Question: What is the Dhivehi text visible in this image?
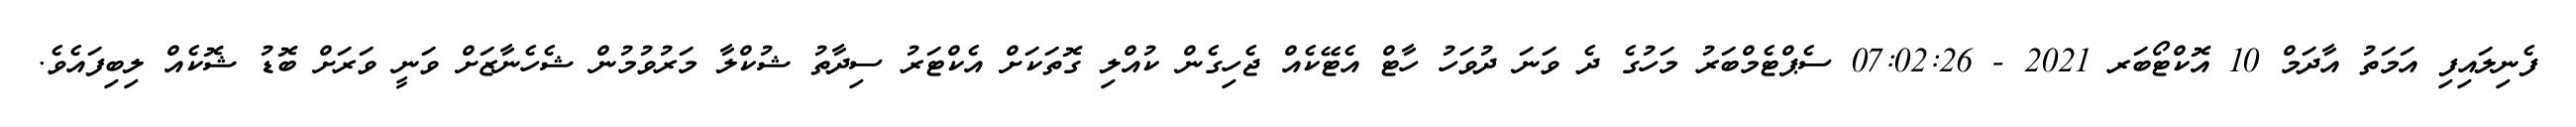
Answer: ފެނިލައިފި އަމަތު އާދަމް 10 އޮކްޓޯބަރ 2021 - 07:02:26 ސެޕްޓެމްބަރު މަހުގެ ދެ ވަނަ ދުވަހު ހާޓް އެޓޭކެއް ޖެހިގެން ކުއްލި ގޮތަކަށް އެކްޓަރު ސިދާތު ޝުކްލާ މަރުވުމުން ޝެހެނާޒަށް ވަނީ ވަރަށް ބޮޑު ޝޮކެއް ލިބިފައެވެ.